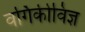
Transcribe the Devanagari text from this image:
वर्गिकीविज्ञ